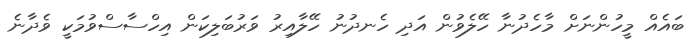
ބައެއް މީހުންނަށް މާހެދުނާ ހޭލެވުން އަދި ހެނދުނު ހޭލާއިރު ވަރުބަލިކަން އިހްސާސްވުމަކީ ވެދާނެ